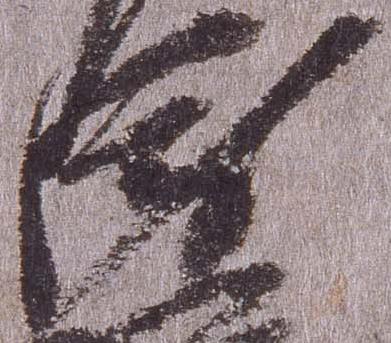
衛